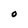
Character: O